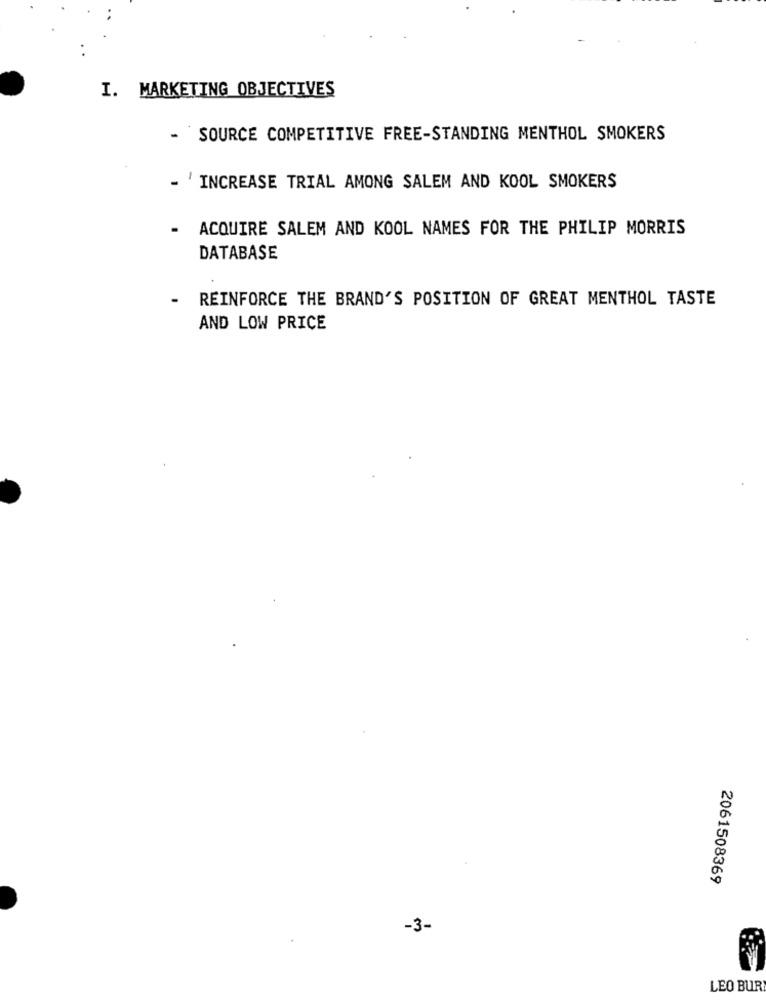
I. MARKETING OBJECTIVES
- SOURCE COMPETITIVE FREE-STANDING MENTHOL SMOKERS
- 'INCREASE TRIAL AMONG SALEM AND KOOL SMOKERS
.
ACQUIRE SALEM AND KOOL NAMES FOR THE PHILIP MORRIS
DATABASE
REINFORCE THE BRAND'S POSITION OF GREAT MENTHOL TASTE
AND LOW PRICE
2061508369
-3-
LEO BUR